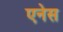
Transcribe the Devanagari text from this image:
एनेस